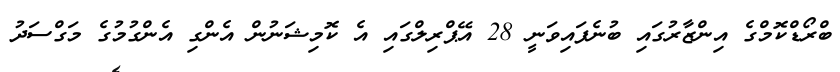
ބްރޯޑްކޮމްގެ އިންޒާރުގައި ބުނެފައިވަނީ 28 އޭޕްރިލްގައި އެ ކޮމިޝަނުން އެންގި އެންގުމުގެ މަގްސަދު